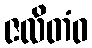
ဇလိတံဝ